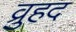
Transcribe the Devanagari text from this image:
व्रुहद